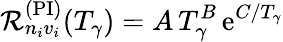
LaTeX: \mathcal{R}_{n_{i}v_{i}}^{(\mathrm{PI})}(T_{\gamma})=A\, T_{\gamma}^{B}\, \mathrm{e}^{C/T_{\gamma}}